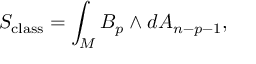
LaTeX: S _ { \mathrm { c l a s s } } = \int _ { M } B _ { p } \wedge d A _ { n - p - 1 } ,